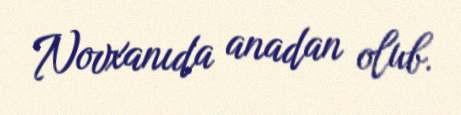
Novxanıda anadan olub.